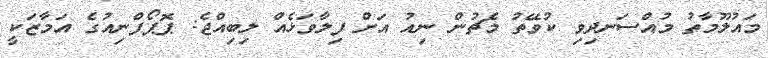
މައުލޫމާތު މުއްސަނދިވި ކުވޭތު މެޗުން ނިއު އަށް ފިލާވަޅެއް ލިބިއްޖެ: ޕޮޕޯފްނިއުގެ އަމާޒަކީ